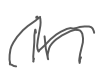
Text: in
Cross-out: wave
Writing tool: digital_gray